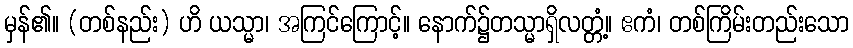
မှန်၏။ (တစ်နည်း) ဟိ ယသ္မာ၊ အကြင်ကြောင့်။ နောက်၌တသ္မာရှိလတ္တံ့။ ဧကံ၊ တစ်ကြိမ်းတည်းသော